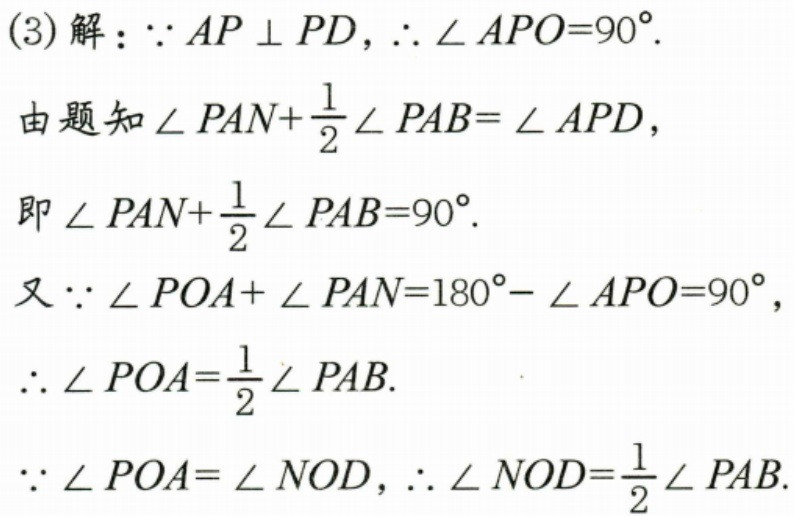
(3)解：\(\because AP\perp PD\)，\(\therefore \angle APO = 90^{\circ}\).
由题知\(\angle PAN+\frac{1}{2}\angle PAB=\angle APD\)，
即\(\angle PAN+\frac{1}{2}\angle PAB = 90^{\circ}\).
又\(\because \angle POA+\angle PAN=180^{\circ}-\angle APO = 90^{\circ}\)，
\(\therefore \angle POA=\frac{1}{2}\angle PAB\).
\(\because \angle POA=\angle NOD\)，\(\therefore \angle NOD=\frac{1}{2}\angle PAB\).